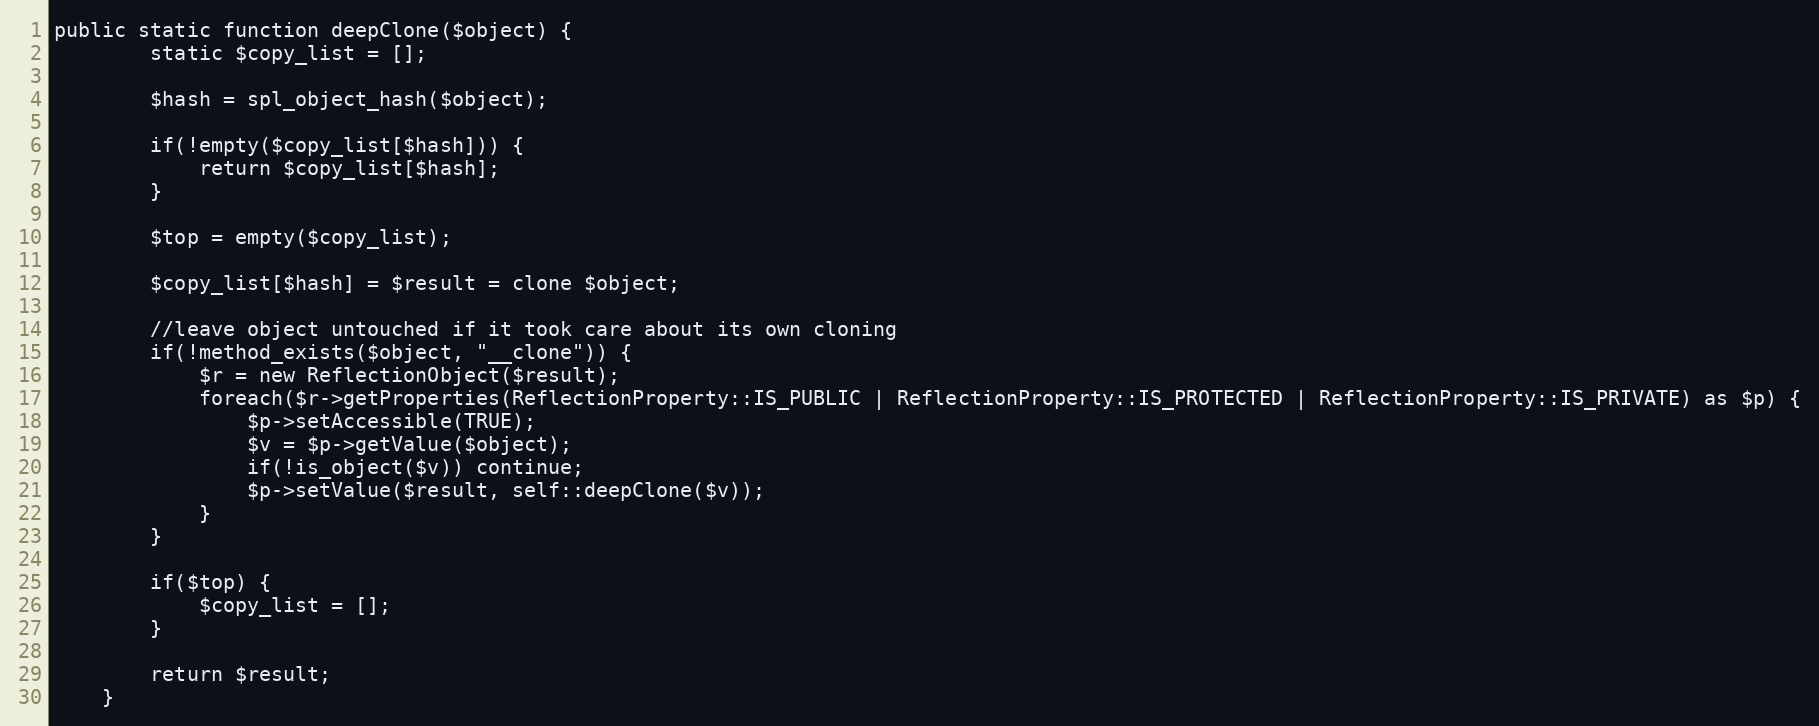
Language: PHP
public static function deepClone($object) {
        static $copy_list = [];

        $hash = spl_object_hash($object);

        if(!empty($copy_list[$hash])) {
            return $copy_list[$hash];
        }

        $top = empty($copy_list);

        $copy_list[$hash] = $result = clone $object;

        //leave object untouched if it took care about its own cloning
        if(!method_exists($object, "__clone")) {
            $r = new ReflectionObject($result);
            foreach($r->getProperties(ReflectionProperty::IS_PUBLIC | ReflectionProperty::IS_PROTECTED | ReflectionProperty::IS_PRIVATE) as $p) {
                $p->setAccessible(TRUE);
                $v = $p->getValue($object);
                if(!is_object($v)) continue;
                $p->setValue($result, self::deepClone($v));
            }
        }

        if($top) {
            $copy_list = [];
        }

        return $result;
    }